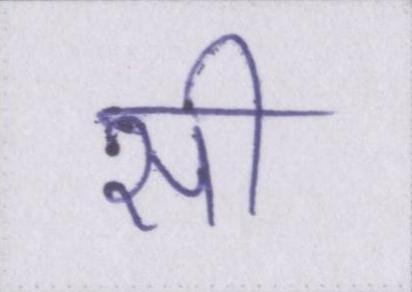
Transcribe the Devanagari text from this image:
सी